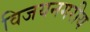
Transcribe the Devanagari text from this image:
विजयनगरीय